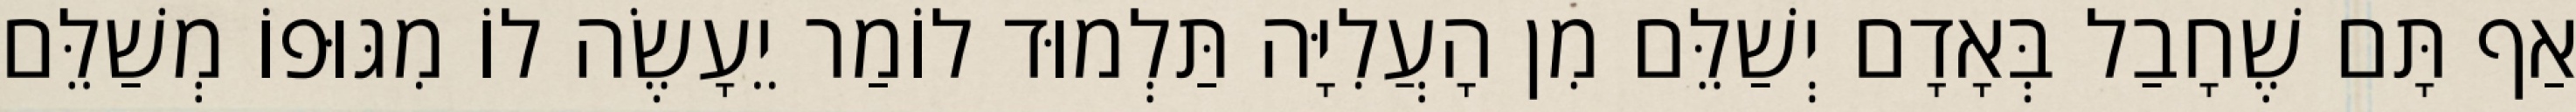
אַף תָּם שֶׁחָבַל בְּאָדָם יְשַׁלֵּם מִן הָעֲלִיָּה תַּלְמוּד לוֹמַר יֵעָשֶׂה לוֹ מִגּוּפוֹ מְשַׁלֵּם